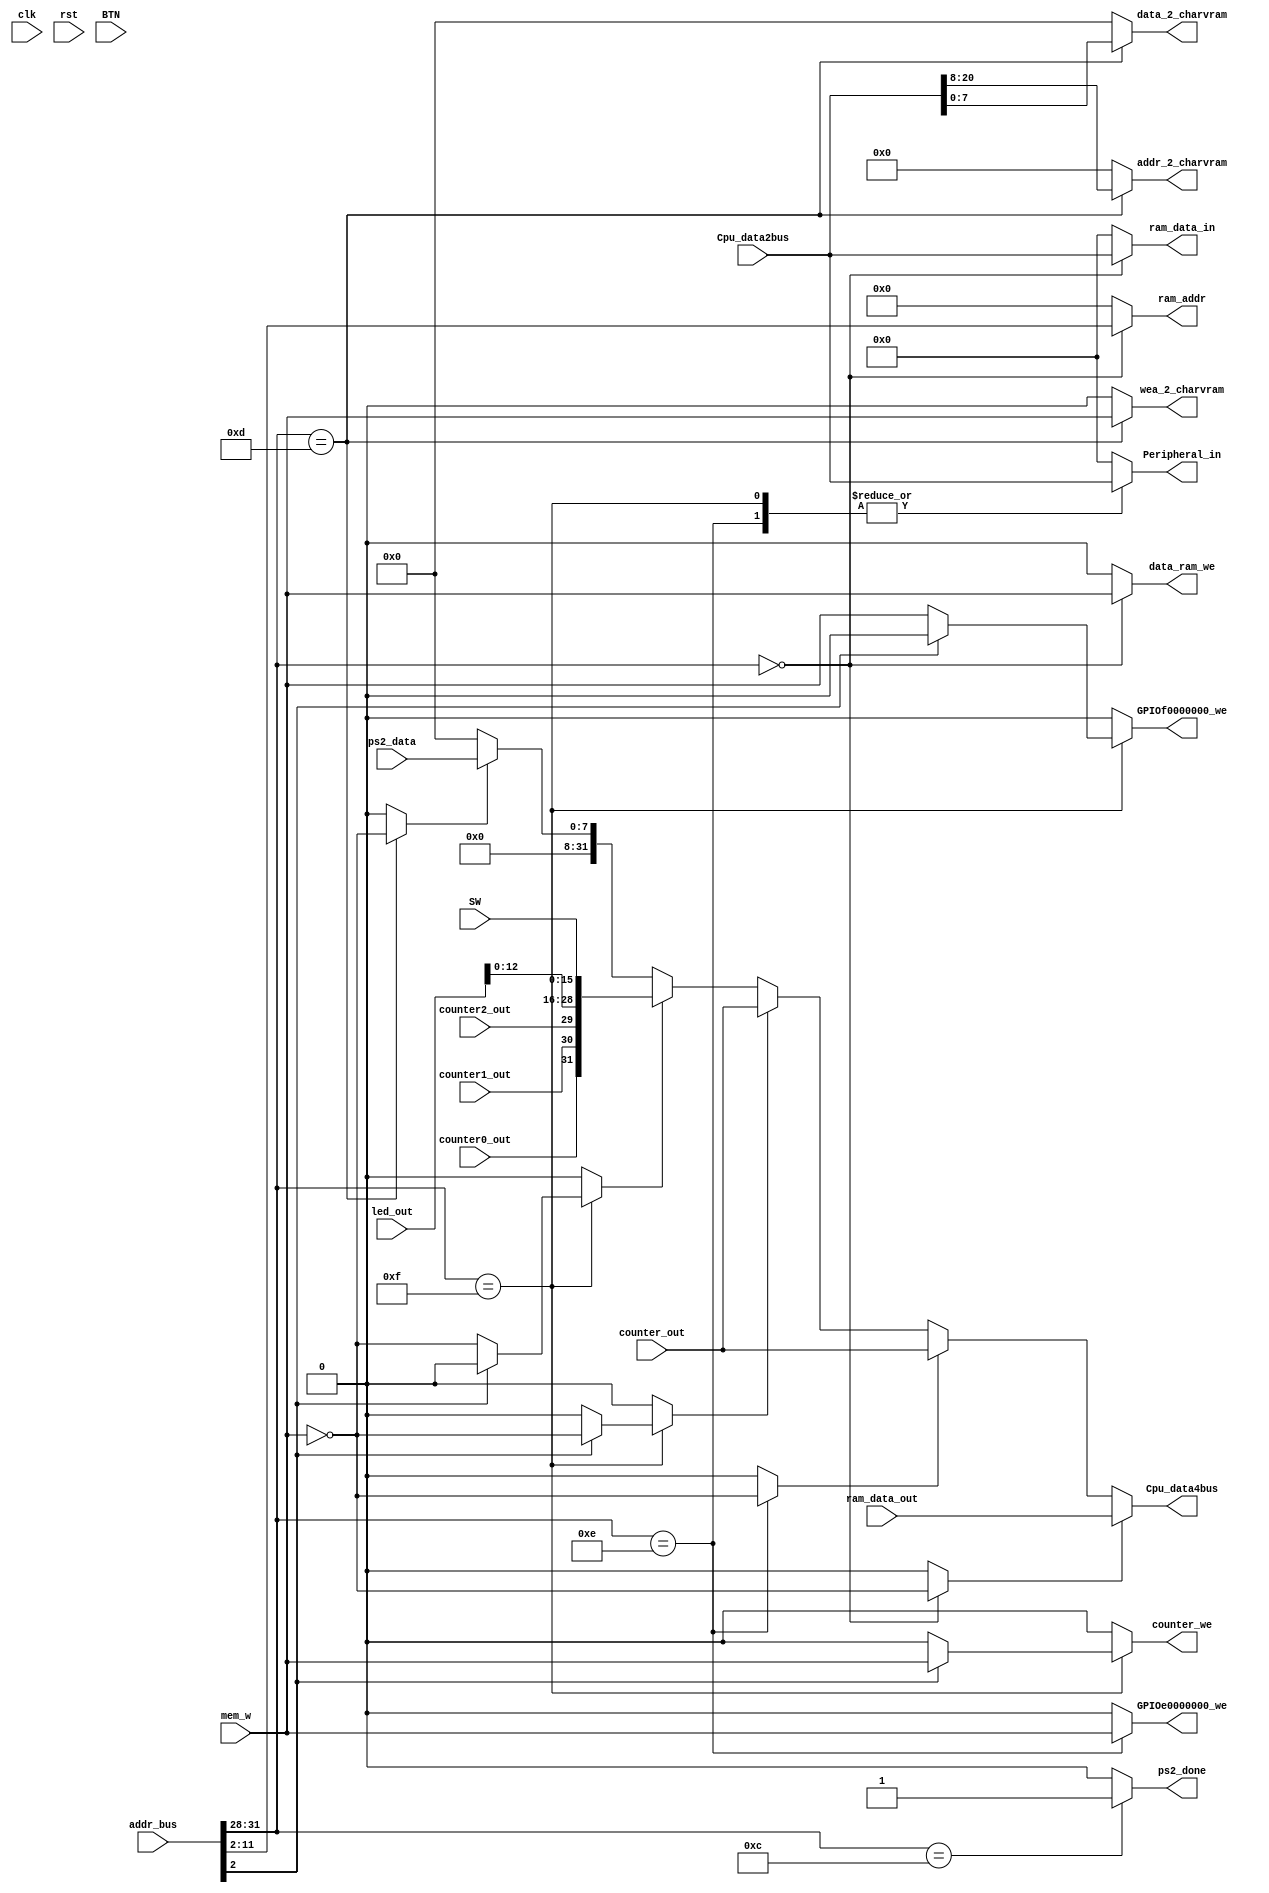
`timescale 1ns / 1ps
//////////////////////////////////////////////////////////////////////////////////
// Company: 
// Engineer: 
// 
// Design Name: 
// Module Name:    MIO_BUS 
// Project Name: 
// Target Devices: 
// Tool versions: 
// Description: 
//
// Dependencies: 
//
// Revision: 
// Revision 0.01 - File Created
// Additional Comments: 
//
//////////////////////////////////////////////////////////////////////////////////
module MIO_BUS(		input clk,
					input rst,
					input[3:0]BTN, 					//from buttons
					input[15:0]SW, 					//from switched
					input mem_w, 					//memory write signal
					input[31:0]Cpu_data2bus,		//data from CPU
					input[31:0]addr_bus, 			//addr from cpu
					input[31:0]ram_data_out, 		//from ram data
					input[15:0]led_out,				//from SPIO, led state?
					input[31:0]counter_out,			//from counterX, current counter value 
					input counter0_out,				//from counterX, is counting finished?
					input counter1_out,				//from counterX, is counting finished?
					input counter2_out,				//from counterX, is counting finished?
					
					input wire [7:0] ps2_data,
					
					output reg[31:0]Cpu_data4bus,	//data for CPU
					output reg[31:0]ram_data_in,	//data write into ram
					output reg[9:0]ram_addr,		//ram address to access
					output reg data_ram_we,			//ram write enable
					output reg GPIOf0000000_we,		//led write enable
					output reg GPIOe0000000_we,		//seg7 write enable
					output reg counter_we,			//counter write enable
					output reg[31:0]Peripheral_in,	//data write into peripheral devices, seg7 this case
					
					output reg ps2_done = 0,
					output reg [12:0] addr_2_charvram = 0,
					output reg [7:0] data_2_charvram = 0,
					output reg wea_2_charvram = 0
					);

reg data_ram_rd, GPIOf0000000_rd, GPIOe0000000_rd, counter_rd, rd_charvram;
wire counter_over;

//assign ps2_done = 1;

always @* begin
	//default value
	data_ram_we <= 1'b0;
	data_ram_rd <= 1'b0;
	counter_we <= 1'b0;
	counter_rd <= 1'b0;
	GPIOf0000000_we <= 1'b0;
	GPIOf0000000_rd <= 1'b0;
	GPIOe0000000_we <= 1'b0;
	GPIOe0000000_rd <= 1'b0;

	ram_addr <= 10'd0;
	ram_data_in <= 32'd0;
	Peripheral_in <= 32'd0;
	
	wea_2_charvram <= 0;
	rd_charvram <= 0;
	data_2_charvram <= 0;
	addr_2_charvram <= 0;
	ps2_done <= 0;

	//addr decoder
	case(addr_bus[31:28])
		4'h0: begin	//00000000-00000ffc, actually lower 4KB RAM, 32bit*1024width = 4Bytes * 1K = 4KBytes
			data_ram_we <= mem_w;	
			data_ram_rd <= ~mem_w;
			ram_addr <= addr_bus[11:2]; //word-addressing
			ram_data_in <= Cpu_data2bus;
		end
		4'hc: begin
			ps2_done <= 1;
		end
		4'hd: begin
			wea_2_charvram <= mem_w;
			rd_charvram <= ~mem_w;
			addr_2_charvram <= Cpu_data2bus[20:8];
			data_2_charvram <= Cpu_data2bus[7:0];
		end
		4'he: begin	//seg7 e0000000-efffffff
			GPIOe0000000_we <= mem_w;
			GPIOe0000000_rd <= ~mem_w;
			Peripheral_in <= Cpu_data2bus;
		end
		4'hf: begin //PIO f0000000-ffffffff. f0000000 for led, f0000004 for counter
			if (addr_bus[2] == 1'b1) begin //counter
				counter_we <= mem_w;
				counter_rd <= ~mem_w;
				Peripheral_in <= Cpu_data2bus; //write value into counter
			end
			else begin //led
				GPIOf0000000_we <= mem_w;
				GPIOf0000000_rd <= ~mem_w;
				Peripheral_in <= Cpu_data2bus; //light led
			end
		end
	endcase
end

//reg [31:0] Cpu_data4bus1, Cpu_data4bus2;

//read decoder
always @* begin
	//default value
	Cpu_data4bus <= 32'd0;

	casex({data_ram_rd, GPIOe0000000_rd, counter_rd, GPIOf0000000_rd, rd_charvram})
		5'b1xxxx: begin
			Cpu_data4bus <= ram_data_out;	//read from ram
		end
		5'bx1xxx: begin
			Cpu_data4bus <= counter_out;	//read from counter
		end
		5'bxx1xx: begin
			Cpu_data4bus <= counter_out;	//read from counter
		end
		5'bxxx1x: begin
			Cpu_data4bus <= {counter0_out, counter1_out, counter2_out, led_out[12:0], SW};	//read from mess...
		end
		5'bxxxx1: begin
			Cpu_data4bus <= {24'h000000, ps2_data};
			/*if (ps2_state == 2'b10) begin
				Cpu_data4bus <= {24'h000000, ps2_data};
				ps2_done <= 1'b1;
			end else begin
				Cpu_data4bus <= 32'd0;
				ps2_done <= 0;
			end*/
		end
	endcase
end

/*always @(posedge clk) begin
	if (ps2_state == 2'b10) begin
		Cpu_data4bus2 <= {24'h000000, ps2_data};
		ps2_done <= rd_charvram;
	end
	else begin
		Cpu_data4bus2 <= 0;
		ps2_done <= 0;
	end
end

always @* begin
	if (rd_charvram == 1'b1)
		Cpu_data4bus <= Cpu_data4bus2;
	else
		Cpu_data4bus <= Cpu_data4bus1;
end*/

endmodule